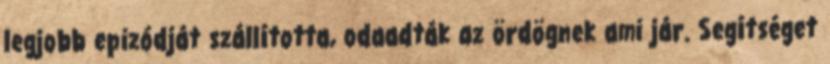
legjobb epizódját szállította, odaadták az ördögnek ami jár. Segítséget